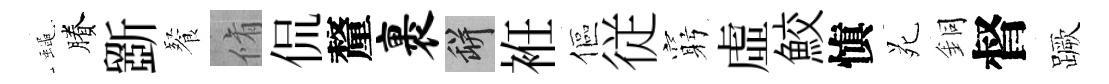
蠅賸斵餐脩侃釐裹瓶袵傴従窮虛鮫愼苑銅督蹶